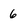
Character: 6